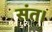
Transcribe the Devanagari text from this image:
संत।